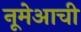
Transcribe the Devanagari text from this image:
नूमेआची